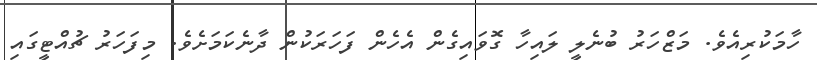
ހާމަކުރިއެވެ. މަޒްހަރު ބުނެލީ ލައިހާ ގޮވައިގެން އެހެން ފަހަރަކުން ދާނެކަމަށެވެ. މިފަހަރު ޗުއްޓީގައި